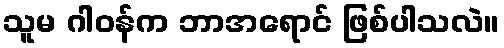
သူမ ဂါဝန်က ဘာအရောင် ဖြစ်ပါသလဲ။